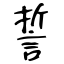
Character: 誓